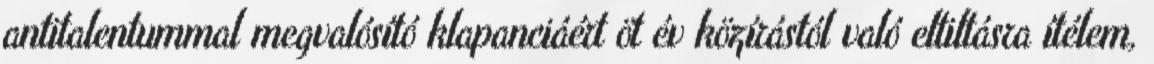
antitalentummal megvalósító klapanciáért öt év közírástól való eltiltásra ítélem,